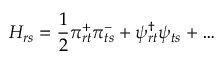
H _ { r s } = \frac { 1 } { 2 } \pi _ { r t } ^ { + } \pi _ { t s } ^ { - } + \psi _ { r t } ^ { \dagger } \psi _ { t s } + \ldots